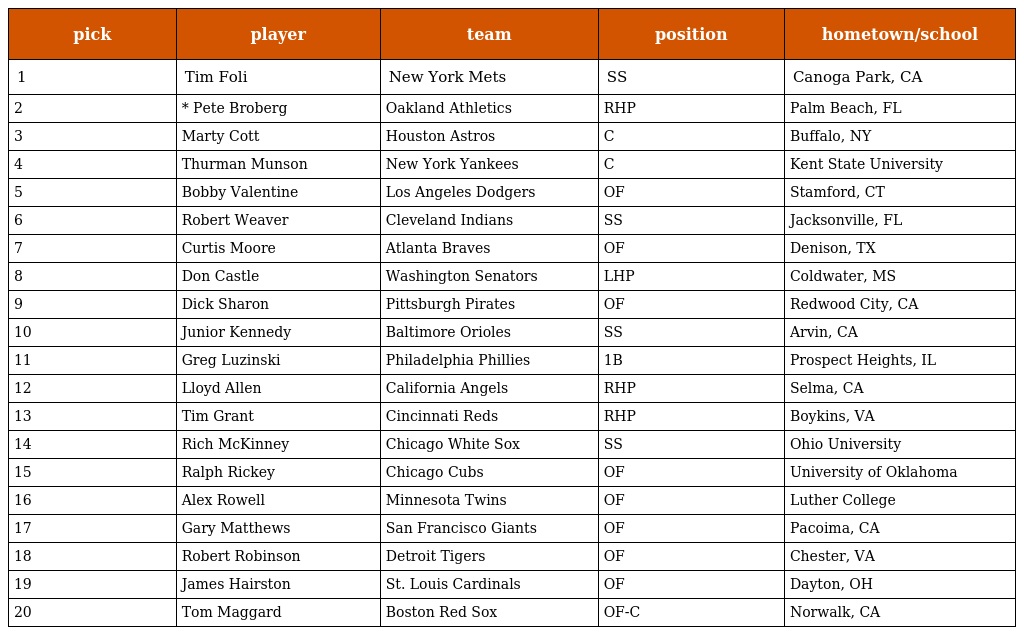
| pick | player | team | position | hometown/school |
 | --- | --- | --- | --- | --- |
 | 1 | Tim Foli | New York Mets | SS | Canoga Park, CA |
 | 2 | * Pete Broberg | Oakland Athletics | RHP | Palm Beach, FL |
 | 3 | Marty Cott | Houston Astros | C | Buffalo, NY |
 | 4 | Thurman Munson | New York Yankees | C | Kent State University |
 | 5 | Bobby Valentine | Los Angeles Dodgers | OF | Stamford, CT |
 | 6 | Robert Weaver | Cleveland Indians | SS | Jacksonville, FL |
 | 7 | Curtis Moore | Atlanta Braves | OF | Denison, TX |
 | 8 | Don Castle | Washington Senators | LHP | Coldwater, MS |
 | 9 | Dick Sharon | Pittsburgh Pirates | OF | Redwood City, CA |
 | 10 | Junior Kennedy | Baltimore Orioles | SS | Arvin, CA |
 | 11 | Greg Luzinski | Philadelphia Phillies | 1B | Prospect Heights, IL |
 | 12 | Lloyd Allen | California Angels | RHP | Selma, CA |
 | 13 | Tim Grant | Cincinnati Reds | RHP | Boykins, VA |
 | 14 | Rich McKinney | Chicago White Sox | SS | Ohio University |
 | 15 | Ralph Rickey | Chicago Cubs | OF | University of Oklahoma |
 | 16 | Alex Rowell | Minnesota Twins | OF | Luther College |
 | 17 | Gary Matthews | San Francisco Giants | OF | Pacoima, CA |
 | 18 | Robert Robinson | Detroit Tigers | OF | Chester, VA |
 | 19 | James Hairston | St. Louis Cardinals | OF | Dayton, OH |
 | 20 | Tom Maggard | Boston Red Sox | OF-C | Norwalk, CA |